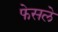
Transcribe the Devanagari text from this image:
फेसले